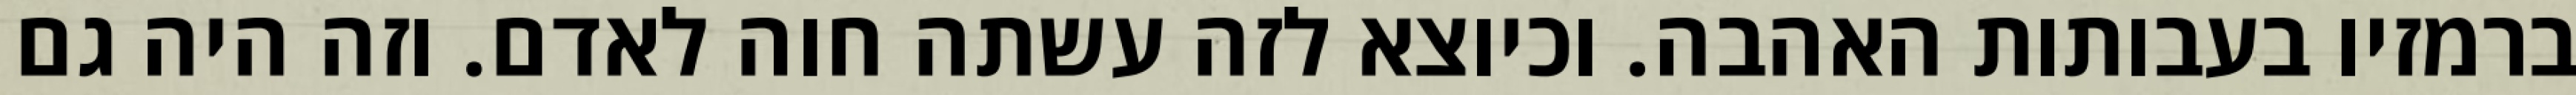
ברמזיו בעבותות האהבה. וכיוצא לזה עשתה חוה לאדם. וזה היה גם